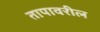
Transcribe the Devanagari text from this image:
तापावरील